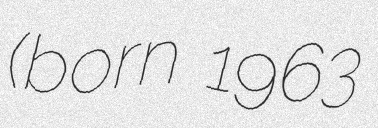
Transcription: (born 1963